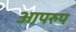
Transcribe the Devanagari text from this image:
आपरुप